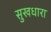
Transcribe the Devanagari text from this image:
सुखधारा